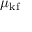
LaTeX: \mu _ { \mathrm { k f } }